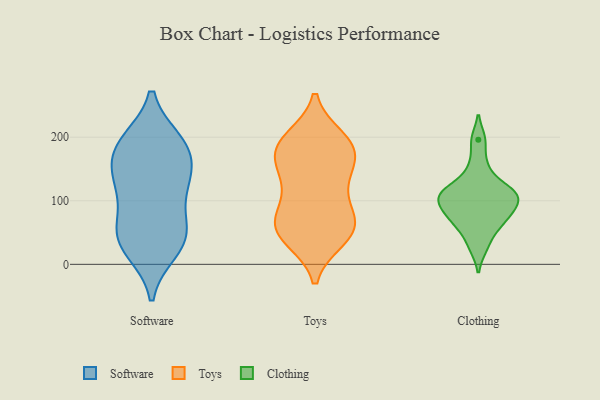
{"axis": {"x": "Energy Usage (MWh)", "y": "Value"}, "legend": ["Clothing", "Software", "Toys"], "data": [{"x": "", "y": 22, "type": "Software"}, {"x": "", "y": 192, "type": "Software"}, {"x": "", "y": 28, "type": "Software"}, {"x": "", "y": 39, "type": "Software"}, {"x": "", "y": 67, "type": "Software"}, {"x": "", "y": 115, "type": "Software"}, {"x": "", "y": 130, "type": "Software"}, {"x": "", "y": 139, "type": "Software"}, {"x": "", "y": 163, "type": "Software"}, {"x": "", "y": 57, "type": "Software"}, {"x": "", "y": 47, "type": "Software"}, {"x": "", "y": 190, "type": "Software"}, {"x": "", "y": 179, "type": "Software"}, {"x": "", "y": 193, "type": "Software"}, {"x": "", "y": 126, "type": "Software"}, {"x": "", "y": 197, "type": "Toys"}, {"x": "", "y": 186, "type": "Toys"}, {"x": "", "y": 41, "type": "Toys"}, {"x": "", "y": 143, "type": "Toys"}, {"x": "", "y": 130, "type": "Toys"}, {"x": "", "y": 49, "type": "Toys"}, {"x": "", "y": 98, "type": "Toys"}, {"x": "", "y": 52, "type": "Toys"}, {"x": "", "y": 188, "type": "Toys"}, {"x": "", "y": 72, "type": "Toys"}, {"x": "", "y": 187, "type": "Toys"}, {"x": "", "y": 63, "type": "Toys"}, {"x": "", "y": 139, "type": "Toys"}, {"x": "", "y": 73, "type": "Toys"}, {"x": "", "y": 178, "type": "Toys"}, {"x": "", "y": 48, "type": "Toys"}, {"x": "", "y": 173, "type": "Toys"}, {"x": "", "y": 26, "type": "Clothing"}, {"x": "", "y": 78, "type": "Clothing"}, {"x": "", "y": 155, "type": "Clothing"}, {"x": "", "y": 113, "type": "Clothing"}, {"x": "", "y": 108, "type": "Clothing"}, {"x": "", "y": 83, "type": "Clothing"}, {"x": "", "y": 125, "type": "Clothing"}, {"x": "", "y": 53, "type": "Clothing"}, {"x": "", "y": 66, "type": "Clothing"}, {"x": "", "y": 104, "type": "Clothing"}, {"x": "", "y": 91, "type": "Clothing"}, {"x": "", "y": 196, "type": "Clothing"}, {"x": "", "y": 113, "type": "Clothing"}]}